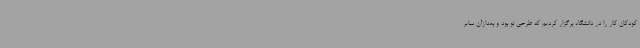
کودکان کار را در دانشگاه برگزار کردیم که طرحی نو بود و بعدازآن سایر